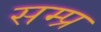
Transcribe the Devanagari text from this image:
सम्प्र